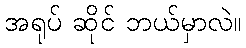
အရုပ် ဆိုင် ဘယ်မှာလဲ။